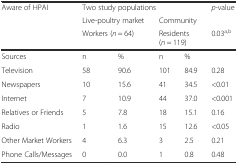
<table><thead><tr><td rowspan="3"><b>Aware of HPAI</b></td><td colspan="4"><b>Two study populations</b></td><td rowspan="2"><b><i>p</i>-value</b></td></tr><tr><td colspan="2"><b>Live-poultry market</b></td><td colspan="2"><b>Community</b></td></tr><tr><td colspan="2"><b>Workers (<i>n</i> = 64)</b></td><td colspan="2"><b>Residents (<i>n</i> = 119)</b></td><td><b>0.03<sup>a,b</sup></b></td></tr></thead><tbody><tr><td>Sources</td><td>n</td><td>%</td><td>n</td><td>%</td><td></td></tr><tr><td>Television</td><td>58</td><td>90.6</td><td>101</td><td>84.9</td><td>0.28</td></tr><tr><td>Newspapers</td><td>10</td><td>15.6</td><td>41</td><td>34.5</td><td>&lt;0.01</td></tr><tr><td>Internet</td><td>7</td><td>10.9</td><td>44</td><td>37.0</td><td>&lt;0.001</td></tr><tr><td>Relatives or Friends</td><td>5</td><td>7.8</td><td>18</td><td>15.1</td><td>0.16</td></tr><tr><td>Radio</td><td>1</td><td>1.6</td><td>15</td><td>12.6</td><td>&lt;0.05</td></tr><tr><td>Other Market Workers</td><td>4</td><td>6.3</td><td>3</td><td>2.5</td><td>0.21</td></tr><tr><td>Phone Calls/Messages</td><td>0</td><td>0.0</td><td>1</td><td>0.8</td><td>0.48</td></tr></tbody></table>